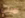
اميلي